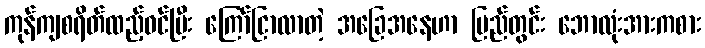
ကုန်ကျစရိတ်ထည့်ဝင်ပြီး ကြော်ငြာလာတဲ့ အခြေအနေဟာ ပြည်တွင်း ဘောလုံးအားကစား